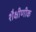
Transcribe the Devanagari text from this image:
शैक्षीणीक